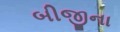
બીજીના